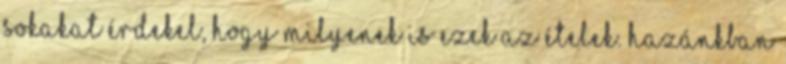
sokakat érdekel, hogy milyenek is ezek az ételek. Hazánkban